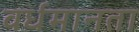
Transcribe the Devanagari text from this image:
वर्धमानता